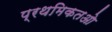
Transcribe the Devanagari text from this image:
प्रथमिकतओ